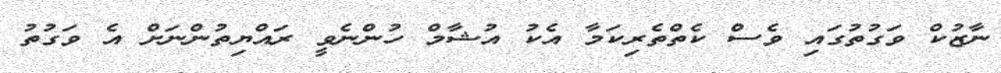
ނާޒުކް ވަގުތުގައި ވެސް ކެތްތެރިކަމާ އެކު އުޝާމް ހުންނެވީ ރައްޔިތުންނަށް އެ ވަގުތު